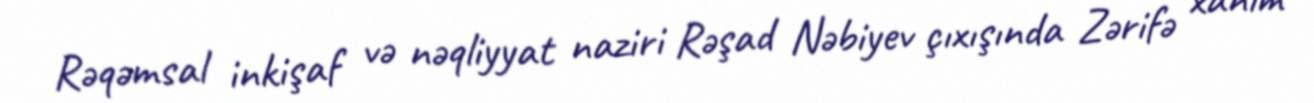
Rəqəmsal inkişaf və nəqliyyat naziri Rəşad Nəbiyev çıxışında Zərifə xanım